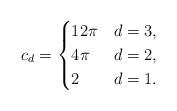
LaTeX: \begin{align*} c_d = \begin{cases} 12\pi & d=3, \\ 4\pi & d=2, \\ 2 & d=1. \end{cases}\end{align*}